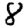
Digit: 8